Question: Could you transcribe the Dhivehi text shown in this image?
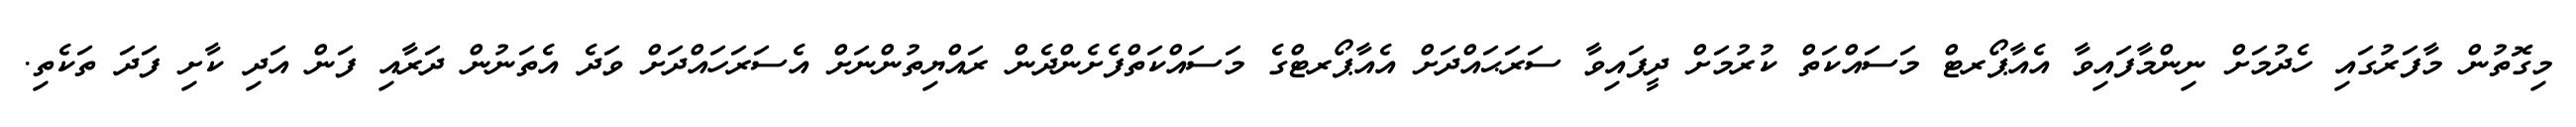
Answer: މިގޮތުން މާފަރުގައި ހެދުމަށް ނިންމާފައިވާ އެއާޕޯރޓް މަސައްކަތް ކުރުމަށް ދީފައިވާ ސަރަޙައްދަށް އެއާޕޯރޓްގެ މަސައްކަތްފެށެންދެން ރައްޔިތުންނަށް އެސަރަހައްދަށް ވަދެ އެތަނުން ދަރާއި ފަން އަދި ކާށި ފަދަ ތަކެތި.